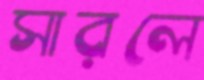
সারলে